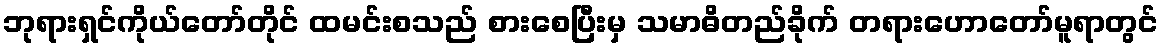
ဘုရားရှင်ကိုယ်တော်တိုင် ထမင်းစသည် စားစေပြီးမှ သမာဓိတည်ခိုက် တရားဟောတော်မူရာတွင်